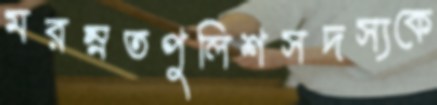
মরম্নতপুলিশসদস্যকে